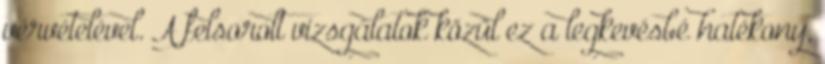
vérvételével. A felsorolt vizsgálatok közül ez a legkevésbé hatékony,